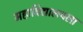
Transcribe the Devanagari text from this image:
महाविद्यालयला